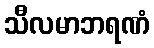
သီလမာဘရဏံ